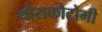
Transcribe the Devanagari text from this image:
थोराकोटोमी